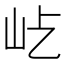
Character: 𡵊